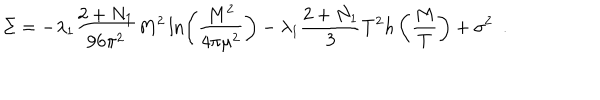
LaTeX: \Sigma = - \lambda _ { 1 } \frac { 2 + N _ { 1 } } { 9 6 \pi ^ { 2 } } M ^ { 2 } \ln \left( \frac { M ^ { 2 } } { 4 \pi \mu ^ { 2 } } \right) - \lambda _ { 1 } \frac { 2 + N _ { 1 } } { 3 } T ^ { 2 } h \left( \frac { M } { T } \right) + \sigma ^ { 2 } ~ ~ .